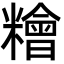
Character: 糩